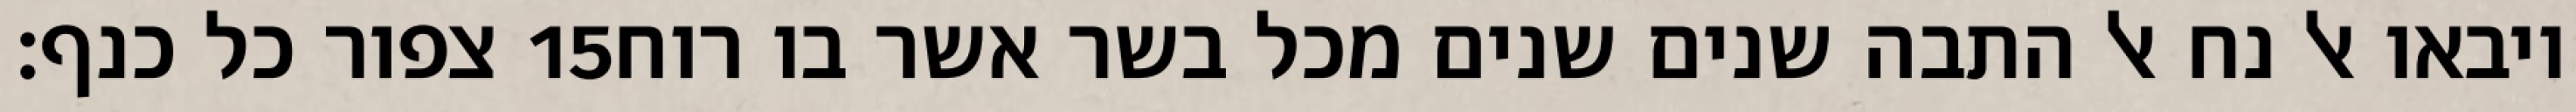
צפור כל כנף׃ ‎15‏ ויבאו אל נח אל התבה שנים שנים מכל בשר אשר בו רוח